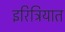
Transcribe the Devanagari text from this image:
इरिट्रियात